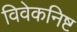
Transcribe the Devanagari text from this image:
विवेकनिष्ट